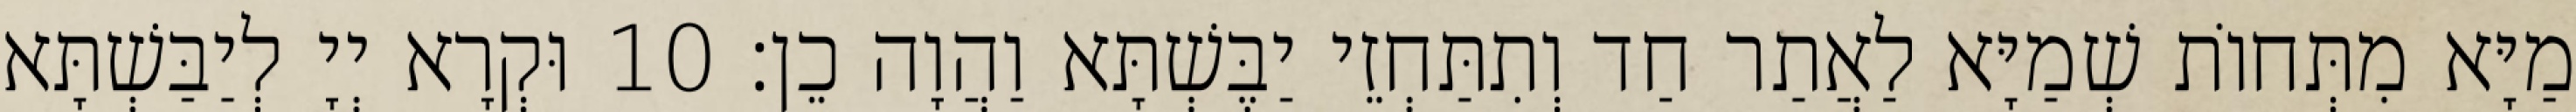
מַיָּא מִתְּחוֹת שְׁמַיָּא לַאֲתַר חַד וְתִתַּחְזֵי יַבֶּשְׁתָּא וַהֲוָה כֵן׃ 10 וּקְרָא יְיָ לְיַבַּשְׁתָּא